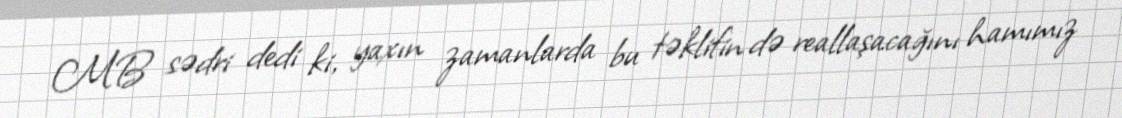
MB sədri dedi ki, yaxın zamanlarda bu təklifin də reallaşacağını hamımız